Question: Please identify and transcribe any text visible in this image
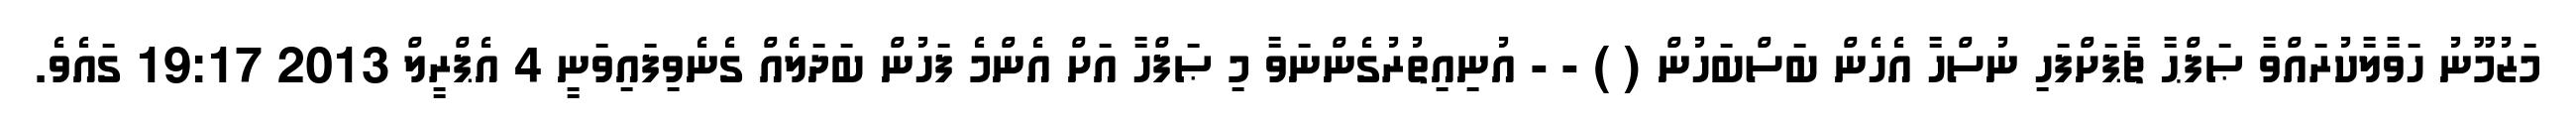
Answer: މަޒުމޫނު ހަވާލާކުރައްވާ ޞަފްޙާ ޗާޕަށްފަހި ނުސްހާ އެހެން ބަސްބަހުން ( ) - - އުނިއިތުރުގެންނަވާ މި ޞަފްހާ އަށް އެންމެ ފަހުން ބަދަލެއް ގެނެވިފައިވަނީ 4 އެޕްރީލް 2013 19:17 ގައެވެ.